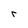
Character: r